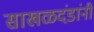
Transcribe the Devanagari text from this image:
साखळदंडांनी